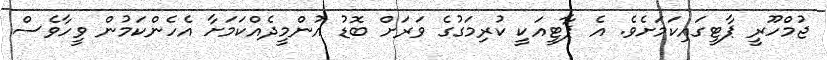
ޖުމްހޫރީ ޕާޓީގައިކަމަށެވެ. އެ ޕާޓީއަކީ ކުރިމަގުގެ ވަރަށް ބޮޑު އުންމީދެއްކަމަށާ އެހެންކަމުން ވީހާވެސް